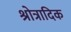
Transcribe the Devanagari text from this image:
श्रोत्रादिक